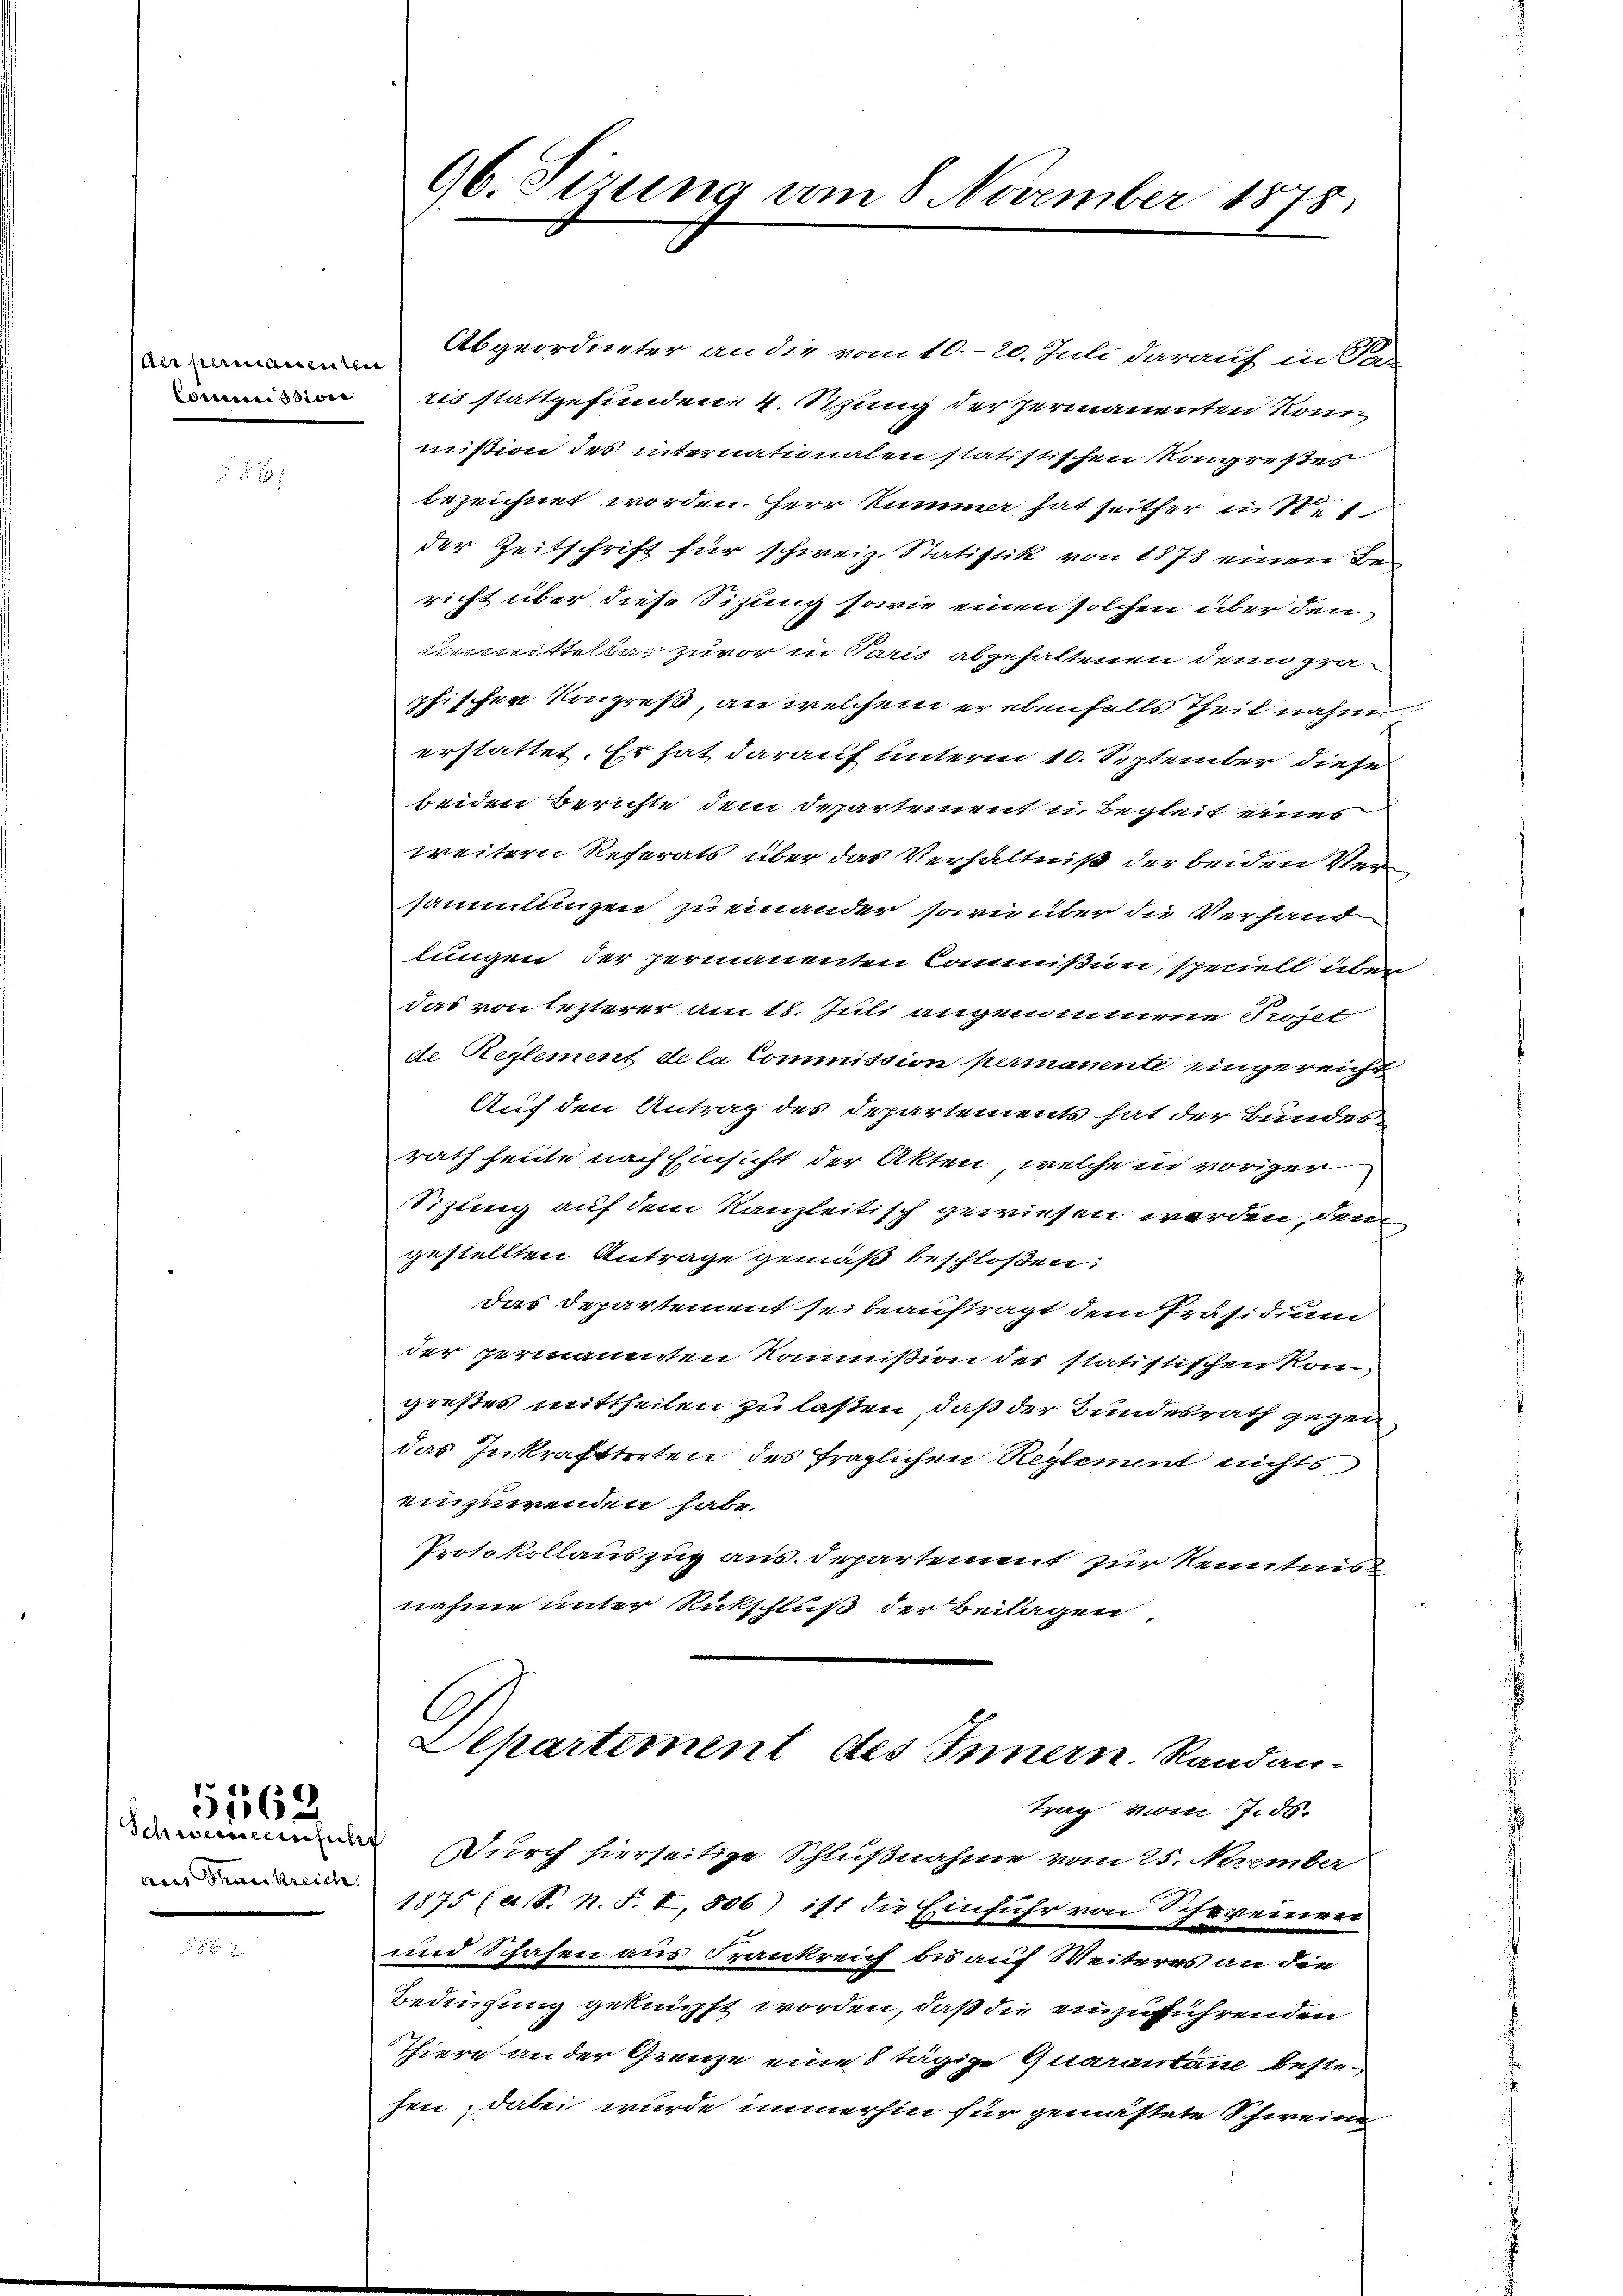
Aer permanentli
Commissione

aus Thurkreich

1562.

Abgeordneter an die vom 10.-20. Juli darauf in Sa
iis stattgefunden 4. Sitzung der Hermanenten konnmission des internationalen statistischen Kongreßes
bezeichnet worden. Herr Kummer hat seither in 10.
der Zeitschrift für schweiz. Statistik von 1878 einen Be
richt über diese Sitzung sowie einen solchen über den
Einmittelbar zuvor in Paris abgehaltenen den pra
phischen Kongreß, an welchem er ebenfalls Theil nahm
erstattet. Er hat darauf unterm 10. September diese
beiden Berichte dem Departement in Begleit eines
weitern Referats über das Verhältniß der beiden Versammlungen zu einander sowie über die Verhand
lungen der permanenten Commißion, speciell über
das von lezterer am 18. Juli angenommene Projet
de Reglement de la Commission permanente eingereicht
Auf den Antrag des Departements hat der Bundes-
rath heute nach Einsicht der Akten, welche in voriger
Sizling auf dem Kanzleitisch gewiesen werden, dem
gestellten Antrage gemäß beschloßen:
das Departement sei beauftragt dem Präsidium
der permanenten Kommißion der statistischen kom
greßes mittheilen zu laßen, daß der Bundesrath gezeidas Inkrafttreten des fraglichen Reglement nichts
einzuwenden habe.
Protokollauszug aus. Departement zur Kenntnis
nahme unter Rückschluß der Beilagen,

96. Sirung am 8 November 1878.

Departement des Innern Randan-
trag vom 7.50.

Durch hierseitige Schlußnahme vom 25. November
1875 (a S. n. F. I 806) ist die Einfuhr von Schweinen
und Schafen aus Frankreich bis auf Weiteres an die
Bedingung geknüpft worden, daß die einzuführenden
Thiere an der Grenze eine 8 tägige Quarantane bestehen; dabei wurde immerhin für gemästete Schweine